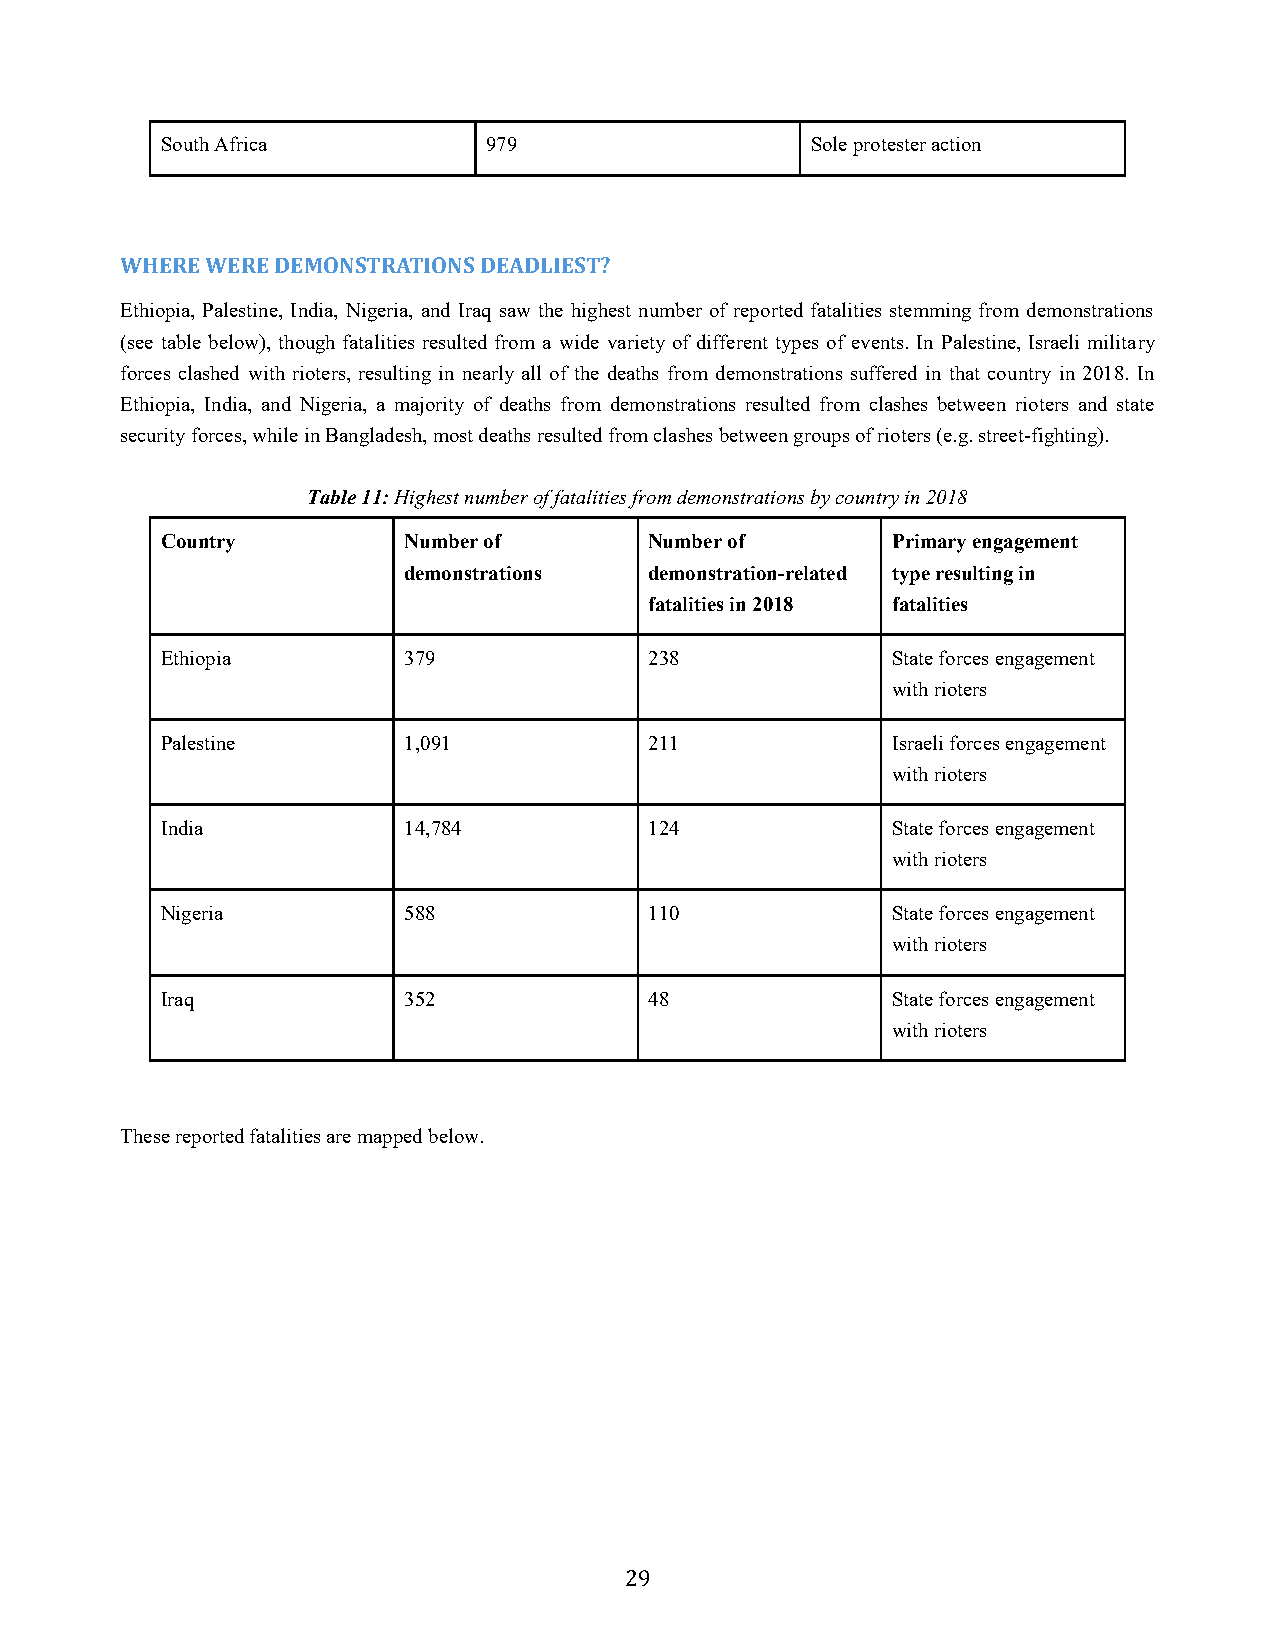
South Africa         979                   Sole protester action
 WHERE WERE DEMONSTRATIONS DEADLIEST?
 Ethiopia, Palestine, India, Nigeria, and Iraq saw the highest number of reported fatalities stemming from demonstrations
 (see table below), though fatalities resulted from a wide variety of different types of events. In Palestine, Israeli military
 forces clashed with rioters, resulting in nearly all of the deaths from demonstrations suffered in that country in 2018. In
 Ethiopia, India, and Nigeria, a majority of deaths from demonstrations resulted from clashes between rioters and state
 security forces, while in Bangladesh, most deaths resulted from clashes between groups of rioters (e.g. street-fighting).
 Table 11: Highest number of fatalities from demonstrations by country in 2018
 Country         Number of       Number of       Primary engagement
 demonstrations  demonstration-related type resulting in
 fatalities in 2018 fatalities
 Ethiopia        379             238             State forces engagement
 with rioters
 Palestine       1,091           211             Israeli forces engagement
 with rioters
 India           14,784          124             State forces engagement
 with rioters
 Nigeria         588             110             State forces engagement
 with rioters
 Iraq            352             48              State forces engagement
 with rioters
 These reported fatalities are mapped below.
 29